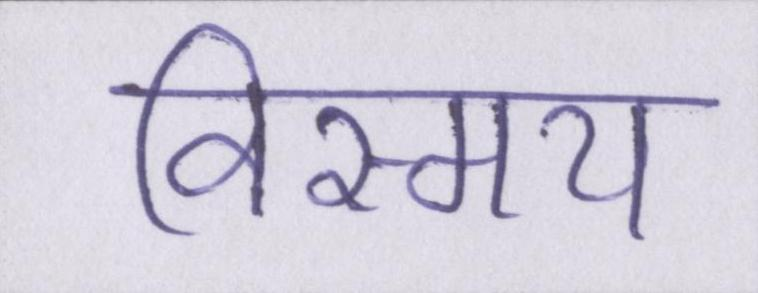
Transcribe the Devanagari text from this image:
विस्मय